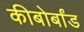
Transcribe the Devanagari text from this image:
कीबोर्बांड